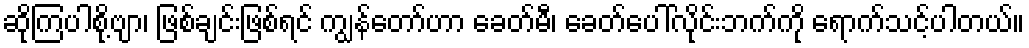
ဆိုကြပါစို့ဗျာ၊ ဖြစ်ချင်းဖြစ်ရင် ကျွန်တော်ဟာ ခေတ်မီ၊ ခေတ်ပေါ်လိုင်းဘက်ကို ရောက်သင့်ပါတယ်။